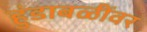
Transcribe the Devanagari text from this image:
हुंडाबळींवर